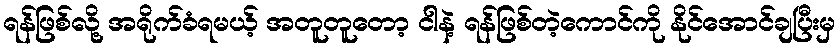
ရန်ဖြစ်လို့ အရိုက်ခံရမယ့် အတူတူတော့ ငါနဲ့ ရန်ဖြစ်တဲ့ကောင်ကို နိုင်အောင်ချပြီးမှ